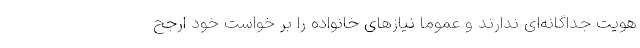
هویت جداگانه‌ای ندارند و عموما نیازهای خانواده را بر خواست خود ارجح